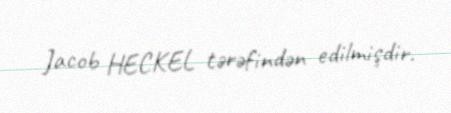
Jacob HECKEL tərəfindən edilmişdir.